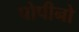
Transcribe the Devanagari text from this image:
पोपीनो